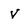
Character: V